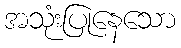
အသုံးပြုနေသော